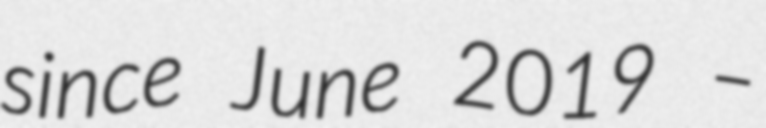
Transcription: since June 2019 –